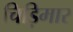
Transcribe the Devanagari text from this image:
चिड़िमार